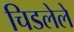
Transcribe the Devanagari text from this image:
चिडलेले